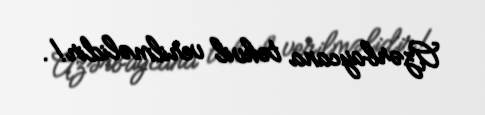
Azərbaycana təhvil verilməlidir!.